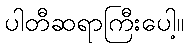
ပါတီဆရာကြီးပေါ့။